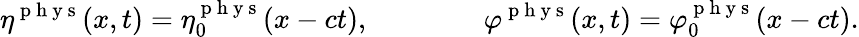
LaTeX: \eta^{\mathrm{~p~h~y~s~}}(x,t)=\eta_{0}^{\mathrm{~p~h~y~s~}}(x-ct),\qquad\qquad\varphi^{\mathrm{~p~h~y~s~}}(x,t)=\varphi_{0}^{\mathrm{~p~h~y~s~}}(x-ct).